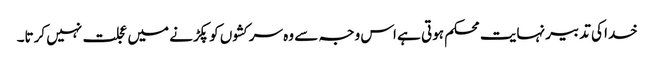
خدا کی تدبیر نہایت محکم ہوتی ہے اس وجہ سے وہ سرکشوں کو پکڑنے میں عجلت نہیں کرتا۔